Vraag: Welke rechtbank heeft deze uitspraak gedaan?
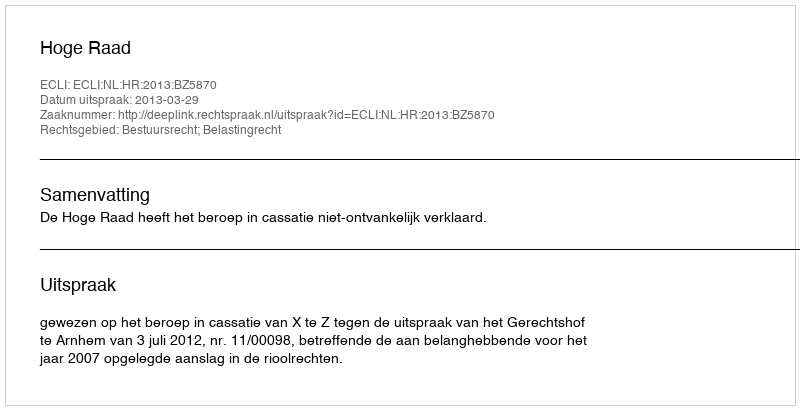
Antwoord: Hoge Raad